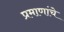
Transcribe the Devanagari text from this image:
प्रमाणांचे